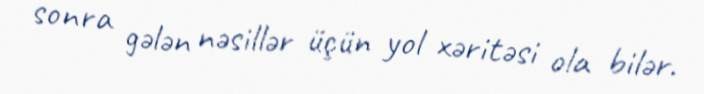
sonra gələn nəsillər üçün yol xəritəsi ola bilər.